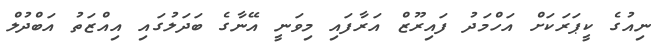
ނިއުގެ ކީޕަރަކަށް އަހްމަދު ފައިރޫޒް އަރާފައި މިވަނީ އޭނާގެ ބަދަލުގައި އިއްޒަތު އަބްދުލް